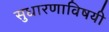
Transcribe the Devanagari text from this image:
सुधारणाविषयी